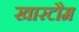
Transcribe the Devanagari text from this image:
खारटौम